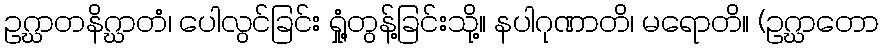
ဥဂ္ဃာတနိဂ္ဃာတံ၊ ပေါလွင်ခြင်း ရှုံ့တွန့်ခြင်းသို့။ နပါဂုဏာတိ၊ မရောတိ။ (ဥဂ္ဃာတော